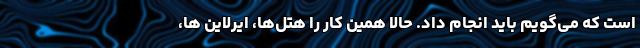
است که می‌گویم باید انجام داد. حالا همین کار را هتل‌ها، ایرلاین ها،